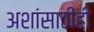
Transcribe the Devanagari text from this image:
अशांसाठीही